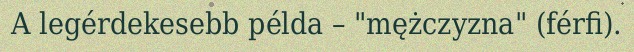
A legérdekesebb példa – "mężczyzna" (férfi).